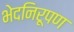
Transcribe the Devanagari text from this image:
भेदनिरूपण